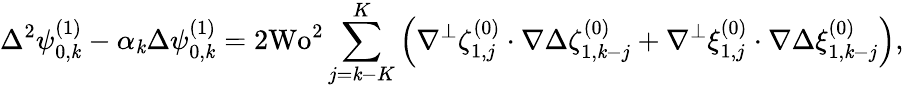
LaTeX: \Delta^{2}\psi_{0,\mathit{k}}^{(1)}-\alpha_{\mathit{k}}\Delta\psi_{0,\mathit{k}}^{(1)}=2\textrm{{Wo}}^{2}\sum_{j=\mathit{k}-K}^{K}\left(\nabla^{\perp}\zeta_{1,j}^{(0)}\cdot\nabla\Delta\zeta_{1,\mathit{k}-j}^{(0)}+\nabla^{\perp}\xi_{1,j}^{(0)}\cdot\nabla\Delta\xi_{1,\mathit{k}-j}^{(0)}\right),